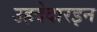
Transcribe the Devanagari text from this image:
उहदेदारइन